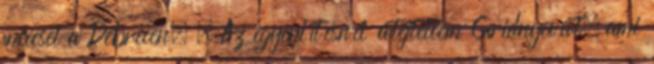
meccset a Debrecen. – Az egyenlítésnél átejtettem Gridnyevát, ami